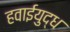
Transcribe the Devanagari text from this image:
हवाईयुद्ध